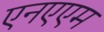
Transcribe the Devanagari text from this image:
एनएएम